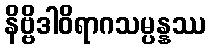
နိဗ္ဗိဒါဝိရာဂသမ္ပန္နဿ